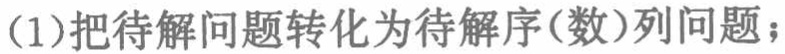
(1)把待解问题转化为待解序(数)列问题；